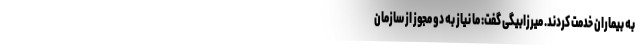
به بیماران خدمت کردند. میرزابیگی گفت: ما نیاز به دو مجوز از سازمان